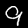
Label: 9